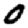
Digit: 0